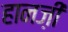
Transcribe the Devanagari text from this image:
हानज़ी